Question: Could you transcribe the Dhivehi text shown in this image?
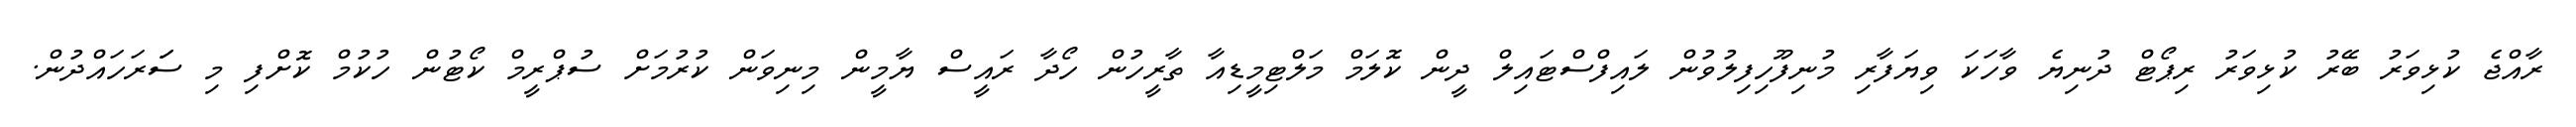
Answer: ރާއްޖެ ކުޅިވަރު ބޭރު ކުޅިވަރު ރިޕޯޓް ދުނިޔެ ވާހަކަ ވިޔަފާރި މުނިފޫހިފިލުވުން ލައިފްސްޓައިލް ދީން ކޮލަމް މަލްޓިމީޑިއާ ތާރީހުން ހޯދާ ރައީސް ޔާމީން މިނިވަން ކުރުމަށް ސުޕްރީމް ކޯޓުން ހުކުމް ކޮށްފި މި ސަަރަހައްދުން.